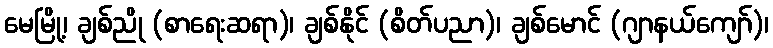
မေမြို့၊ ချစ်ညို (စာရေးဆရာ)၊ ချစ်နိုင် (စိတ်ပညာ)၊ ချစ်မောင် (ဂျာနယ်ကျော်)၊